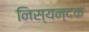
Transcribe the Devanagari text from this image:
निस्यन्दक